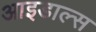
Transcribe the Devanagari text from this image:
आइडाल्स